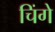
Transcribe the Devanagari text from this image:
चिंगे